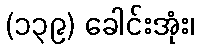
(၁၃၉) ခေါင်းအုံး၊